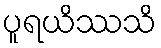
ပူရယိဿသိ